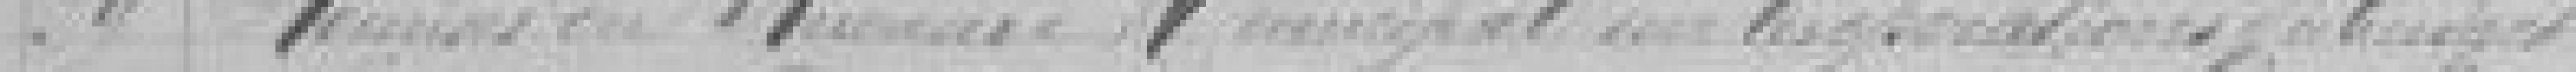
29. ?? du Receveur Municipal sur les ???